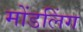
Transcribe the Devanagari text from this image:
मोंडलिंग